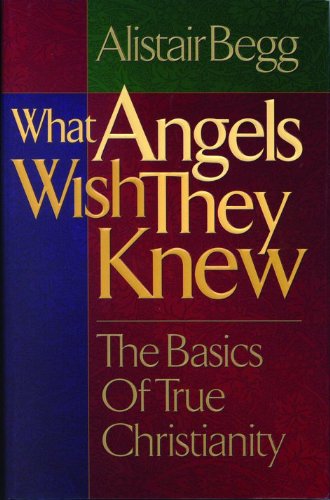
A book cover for What Angels Wish They Knew: The Basics of True Christianity; Alistair Begg; Christian Books & Bibles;